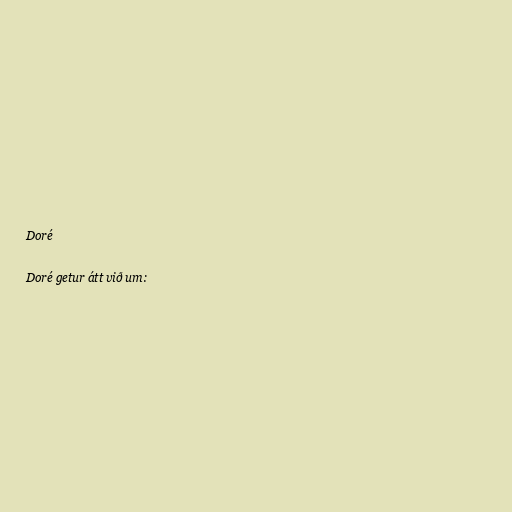
Doré

Doré getur átt við um: